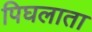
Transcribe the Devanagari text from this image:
पिघलाता